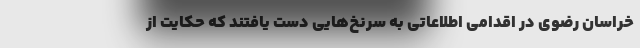
خراسان رضوی در اقدامی اطلاعاتی به سرنخ‌هایی دست یافتند که حکایت از